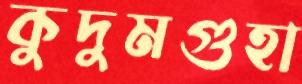
কুদুমগুহা